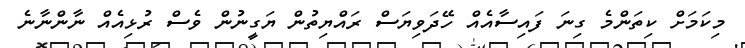
މިކަމަށް ކިތަންމެ ގިނަ ފައިސާއެއް ހޭދަވިޔަސް ރައްޔިތުން ޔަގީނުން ވެސް ރުޅިއެއް ނާންނާނެ